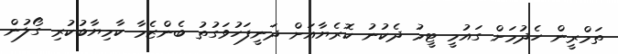
ތަމްރީން ހެދުމަށް ގައުމީ ޓީމު ދެކުނު ކޮރެޔާއަށް ދަނީފަހުވަގުތު ބެންޒެމާ ކާމިޔާބުކުރި ގޯލުން